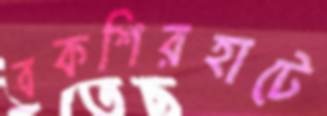
বকশিরহাটে